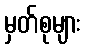
မှတ်စုများ